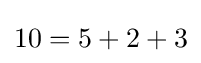
10=5+2+3